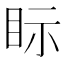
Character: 眎